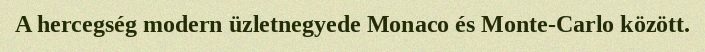
A hercegség modern üzletnegyede Monaco és Monte-Carlo között.